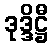
ဒုဒ္ဒိဋ္ဌီ